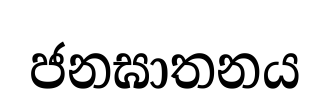
ජනඝාතනය